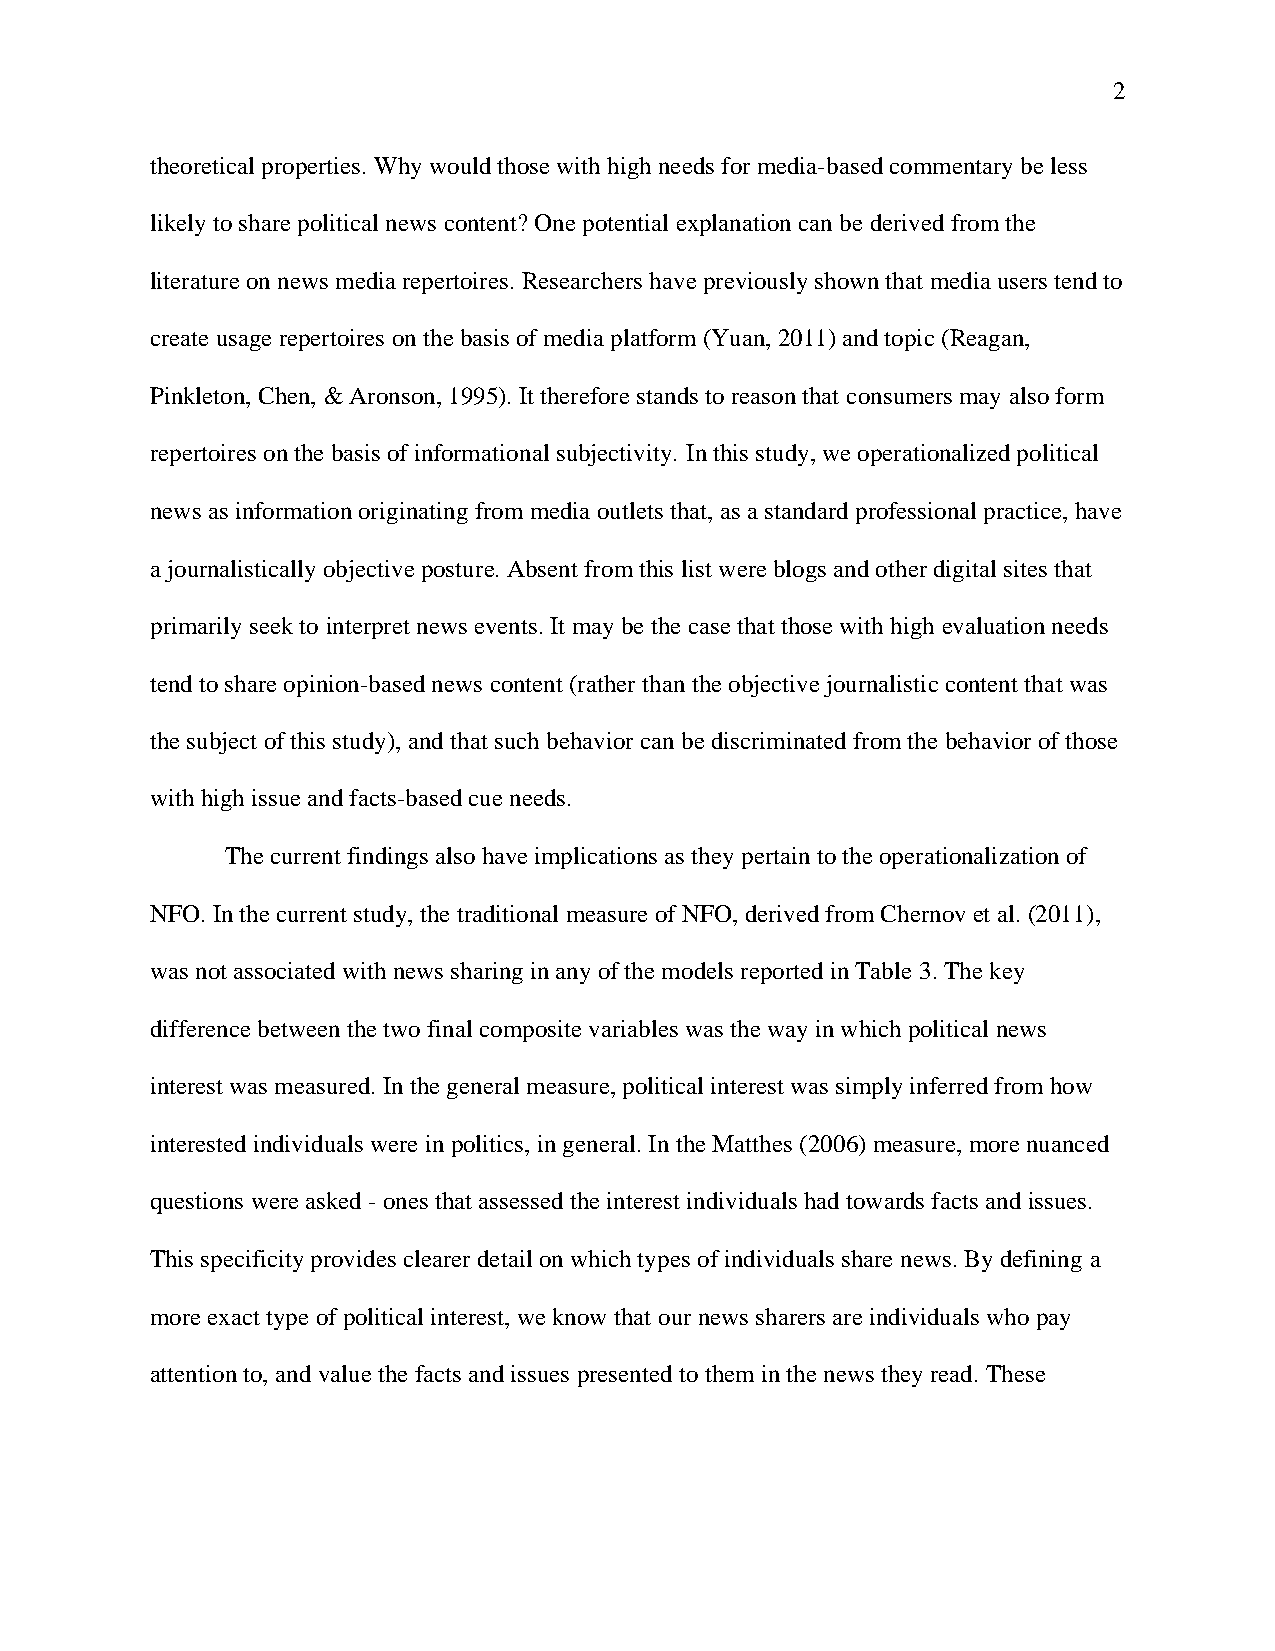
2
 theoretical properties. Why would those with high needs for media-based commentary be less
 likely to share political news content? One potential explanation can be derived from the
 literature on news media repertoires. Researchers have previously shown that media users tend to
 create usage repertoires on the basis of media platform (Yuan, 2011) and topic (Reagan,
 Pinkleton, Chen, & Aronson, 1995). It therefore stands to reason that consumers may also form
 repertoires on the basis of informational subjectivity. In this study, we operationalized political
 news as information originating from media outlets that, as a standard professional practice, have
 a journalistically objective posture. Absent from this list were blogs and other digital sites that
 primarily seek to interpret news events. It may be the case that those with high evaluation needs
 tend to share opinion-based news content (rather than the objective journalistic content that was
 the subject of this study), and that such behavior can be discriminated from the behavior of those
 with high issue and facts-based cue needs.
 The current findings also have implications as they pertain to the operationalization of
 NFO. In the current study, the traditional measure of NFO, derived from Chernov et al. (2011),
 was not associated with news sharing in any of the models reported in Table 3. The key
 difference between the two final composite variables was the way in which political news
 interest was measured. In the general measure, political interest was simply inferred from how
 interested individuals were in politics, in general. In the Matthes (2006) measure, more nuanced
 questions were asked - ones that assessed the interest individuals had towards facts and issues.
 This specificity provides clearer detail on which types of individuals share news. By defining a
 more exact type of political interest, we know that our news sharers are individuals who pay
 attention to, and value the facts and issues presented to them in the news they read. These